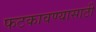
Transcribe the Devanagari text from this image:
फटकावण्यासाठी